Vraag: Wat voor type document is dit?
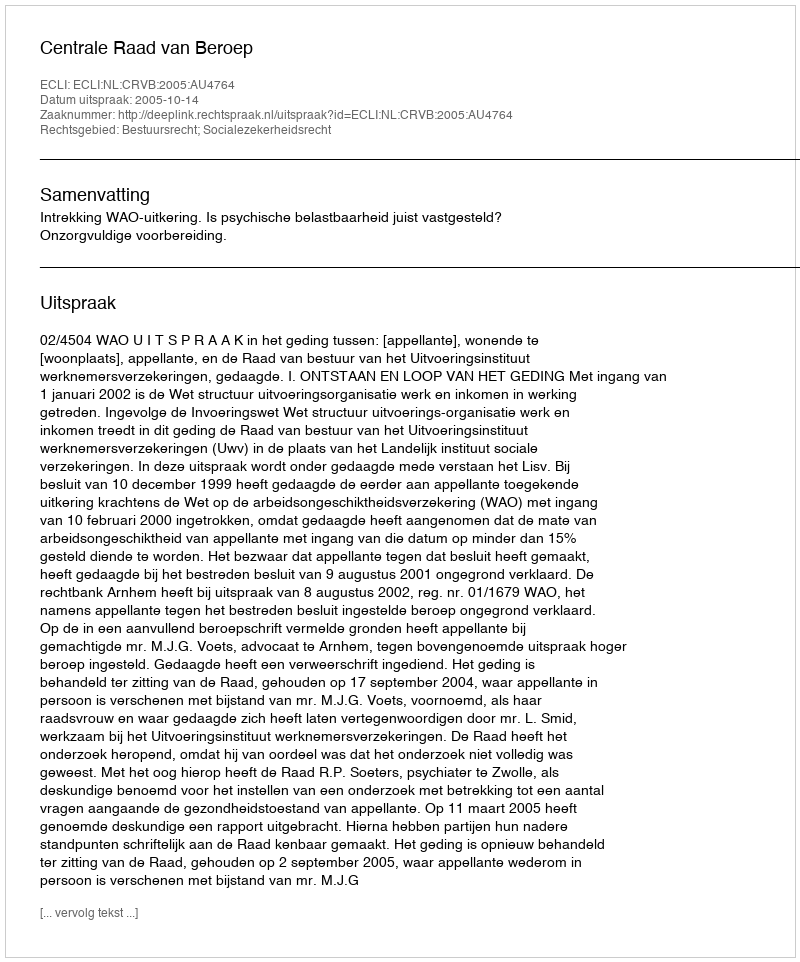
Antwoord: Uitspraak